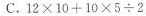
C.12×10+10×5÷2